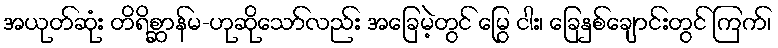
အယုတ်ဆုံး တိရိစ္ဆာန်မ-ဟုဆိုသော်လည်း အခြေမဲ့တွင် မြွေ ငါး၊ ခြေနှစ်ချောင်းတွင် ကြက်၊